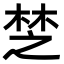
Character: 椘